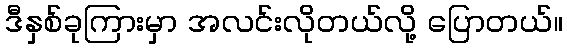
ဒီနှစ်ခုကြားမှာ အလင်းလိုတယ်လို့ ပြောတယ်။